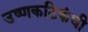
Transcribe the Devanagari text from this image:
उष्णकटिकंधी